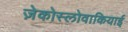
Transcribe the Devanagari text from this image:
ज़ेकोस्लोवाकियाई